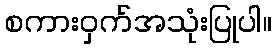
စကားဝှက်အသုံးပြုပါ။